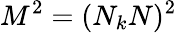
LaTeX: M^{2}=(N_{k}N)^{2}